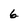
Character: 6